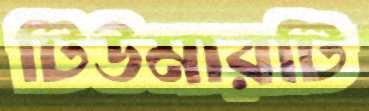
টিউমারটি